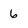
Character: 6